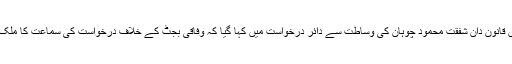
سپریم کورٹ لاہور رجسٹری میں قانون دان شفقت محمود چوہان کی وساطت سے دائر درخواست میں کہا گیا کہ وفاقی بجٹ کے خلاف درخواست کی سماعت کا ملک میں کوئی اور فورم موجود نہیں۔